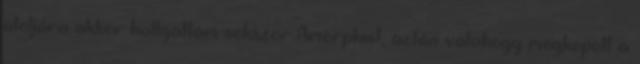
utoljára akkor hallgattam sokszor Amorphist, aztán valahogy megkopott a